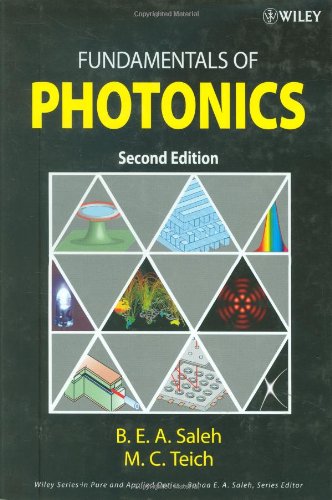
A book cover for Fundamentals of Photonics; Bahaa E. A. Saleh; Science & Math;